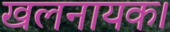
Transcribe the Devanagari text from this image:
खलनायक।